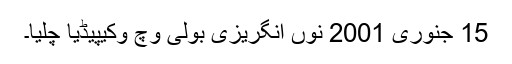
15 جنوری 2001 نوں انگریزی بولی وچ وکیپیڈیا چلیا۔